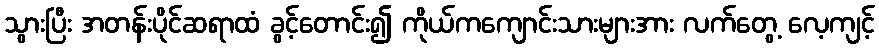
သွားပြီး အတန်းပိုင်ဆရာထံ ခွင့်တောင်း၍ ကိုယ်ကကျောင်းသားများအား လက်တွေ့ လေ့ကျင့်